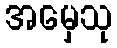
အမှေသု